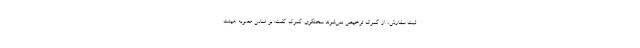
ثبت سفارش، از گمرک ترخیص نمی‌شوند سخنگوی گمرک گفت: بر اساس مصوبه هیئت